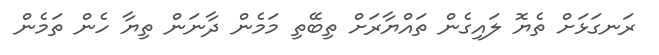
ރަނގަޅަށް ތެޔޮ ލައިގެން ތައްޔާރަށް ތިބޭތި މަމެން ދާނަން ތިޔާ ހެން ތަމެން